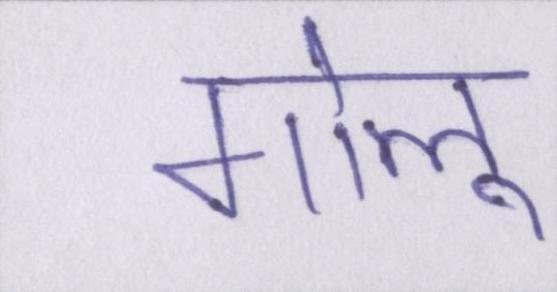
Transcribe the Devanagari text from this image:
गोलू